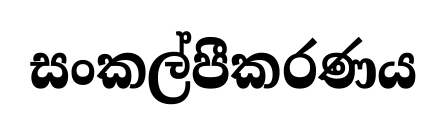
සංකල්පීකරණය